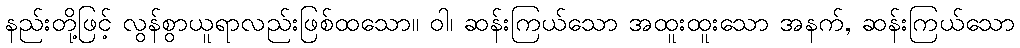
နည်းတို့ဖြင့် လွန်စွာယူရာလည်းဖြစ်ထသော။ ဝါ၊ ဆန်းကြယ်သော အထူးထူးသော အနက်, ဆန်းကြယ်သော